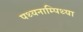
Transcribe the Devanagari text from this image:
पथ्यनाम्पिथ्या